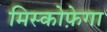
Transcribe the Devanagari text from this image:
मिस्कोफ़ेगा